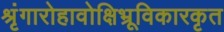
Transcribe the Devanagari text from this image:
श्रृंगारोहावोक्षिभ्रूविकारकृत